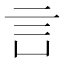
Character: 𧥜